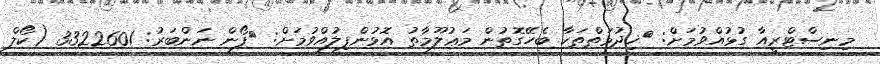
މިނިސްޓްރީއާ ގުޅުއްވުމަށް: 	ޚިދުމަތްތަކާ ބެހޭގޮތުން މަޢުލޫމާތު އޮޅުންފިލުއްވުމަށް: 	ފޯން ނަންބަރު: 3322601 (ކޯލް